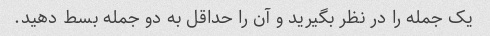
یک جمله را در نظر بگیرید و آن را حداقل به دو جمله بسط دهید.